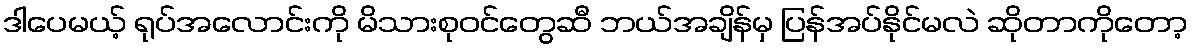
ဒါပေမယ့် ရုပ်အလောင်းကို မိသားစုဝင်တွေဆီ ဘယ်အချိန်မှ ပြန်အပ်နိုင်မလဲ ဆိုတာကိုတော့